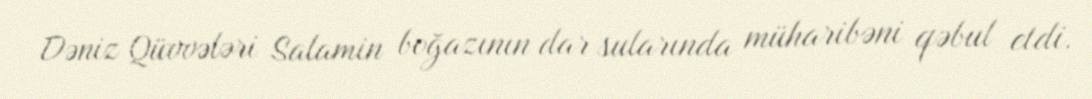
Dəniz Qüvvələri Salamin boğazının dar sularında müharibəni qəbul etdi.